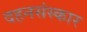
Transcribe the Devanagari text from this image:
दहनसंस्कार